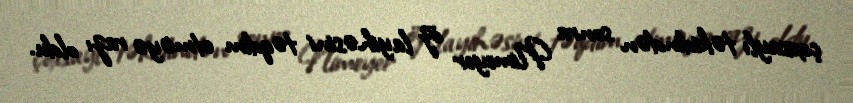
çoxsaylı təkidindən sonra Nimeyer öz layihəsini təqdim etməyə razı oldu.